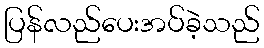
ပြန်လည်ပေးအပ်ခဲ့သည်